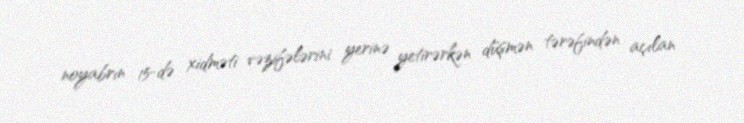
noyabrın 15-də xidməti vəzifələrini yerinə yetirərkən düşmən tərəfindən açılan